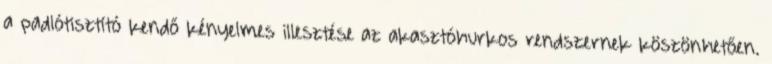
a padlótisztító kendő kényelmes illesztése az akasztóhurkos rendszernek köszönhetően.